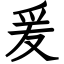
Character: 爰